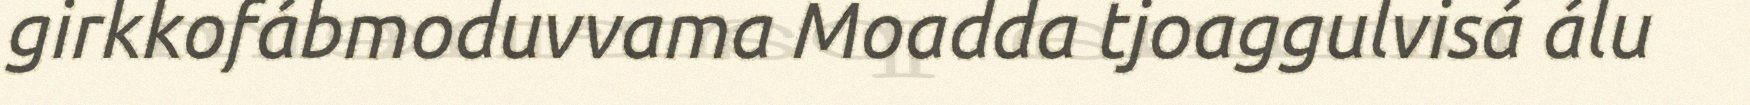
girkkofábmoduvvama Moadda tjoaggulvisá álu